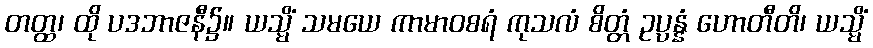
တတ္ထ၊ ထို ပဒဘာဇနီ၌။ ယသ္မိံ သမယေ ကာမာဝစရံ ကုသလံ စိတ္တံ ဥပ္ပန္နံ ဟောတီတိ၊ ယသ္မိံ